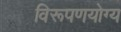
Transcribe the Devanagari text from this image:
विरूपणयोग्य